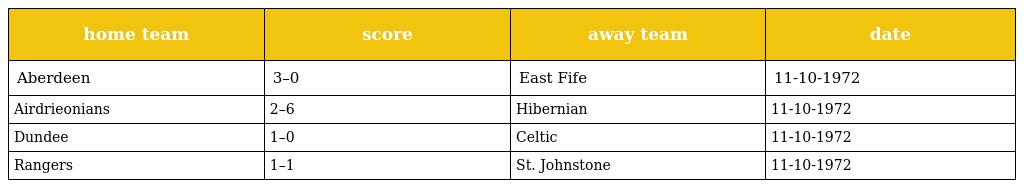
| home team | score | away team | date |
 | --- | --- | --- | --- |
 | Aberdeen | 3–0 | East Fife | 11-10-1972 |
 | Airdrieonians | 2–6 | Hibernian | 11-10-1972 |
 | Dundee | 1–0 | Celtic | 11-10-1972 |
 | Rangers | 1–1 | St. Johnstone | 11-10-1972 |